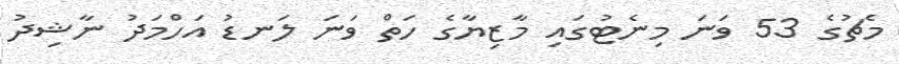
މެޗުގެ 53 ވަނަ މިނެޓުގައި މާޒިޔާގެ ހަތް ވަނަ ލަނޑު އަހްމަދު ނާޝިދު